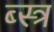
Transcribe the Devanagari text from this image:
ब्स्त्र